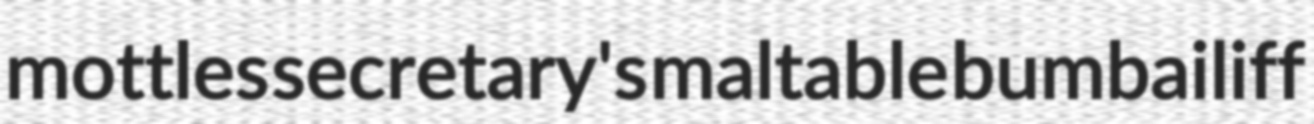
mottles secretary's maltable bumbailiff